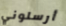
أرسلوني